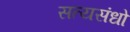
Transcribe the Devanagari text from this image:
सत्यसंधो